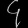
Digit: ၄